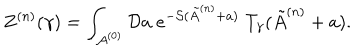
Z ^ { ( n ) } ( \gamma ) = \int _ { { \cal A } ^ { ( 0 ) } } { \cal D } a \; e ^ { - { \cal S } ( \tilde { A } ^ { ( n ) } + a ) } \; T _ { \gamma } ( \tilde { A } ^ { ( n ) } + a ) .